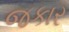
જકાર